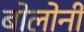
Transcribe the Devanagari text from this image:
बोलोनी